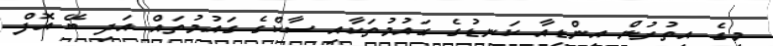
މީގެ އިތުރުން އިންޑިއާ ކަނޑުގެ ގައުމުތަކާއި ސާކްގެ ގައުމުތައް އަދި ބޭ އޮފް